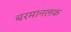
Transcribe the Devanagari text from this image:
बरमानलक